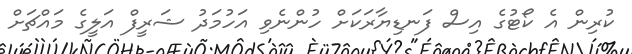
ކުރިން އެ ކޯޓުގެ އިސް ފަނޑިޔާރަކަށް ހުންނެވި އަހުމަދު ޝަރީފް އަލީގެ މައްޗަށް